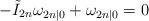
LaTeX: \begin{align*}- \tilde{I}_{2n}\omega_{2n|0} + \omega_{2n|0} = 0\end{align*}